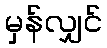
မှန်လျှင်